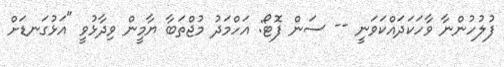
ފުލުހުންނާ ވާހަކަދައްކަވަނީ -- ސަން ފޮޓޯ: އަހްމަދު މުޖްތަބާ ޔާމީން ވިދާޅުވީ "އަޅުގަނޑަށް